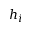
h _ { i }